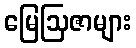
မြေဩဇာများ